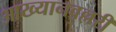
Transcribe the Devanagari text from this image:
आख्यानवल्लरी